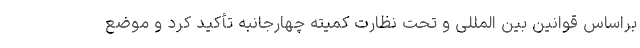
براساس قوانین بین المللی و تحت نظارت کمیته چهارجانبه تأکید کرد و موضع